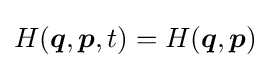
H({\boldsymbol {q}},{\boldsymbol {p}},t)=H({\boldsymbol {q}},{\boldsymbol {p}})